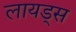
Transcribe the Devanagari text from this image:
लायड्स